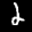
Label: 2